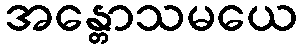
အန္တောသမယေ